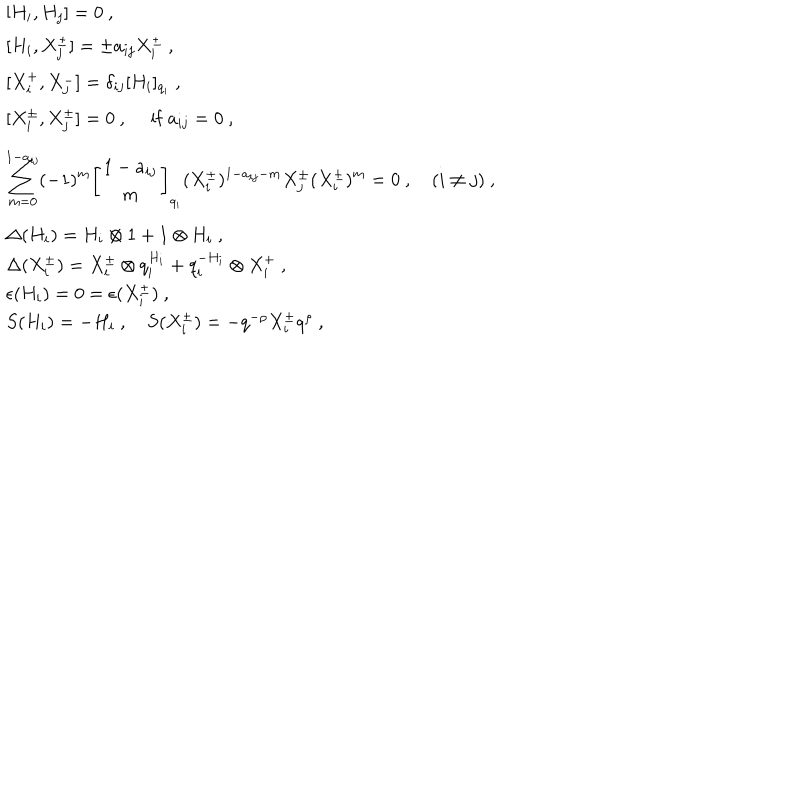
\begin{array} { l } { { [ H _ { i } , H _ { j } ] = 0 ~ , } } \\ { { [ H _ { i } , X _ { j } ^ { \pm } ] = \pm a _ { i j } X _ { i } ^ { \pm } ~ , } } \\ { { [ X _ { i } ^ { + } , X _ { j } ^ { - } ] = \delta _ { i j } [ H _ { i } ] _ { q _ { i } } ~ , } } \\ { { [ X _ { i } ^ { \pm } , X _ { j } ^ { \pm } ] = 0 ~ , ~ ~ \mathrm { i f } ~ a _ { i j } = 0 ~ , } } \\ { { \displaystyle \sum _ { m = 0 } ^ { 1 - a _ { i j } } ( - 1 ) ^ { m } \left[ \begin{array} { c } { { 1 - a _ { i j } } } \\ { { m } } \\ \end{array} \right] _ { q _ { i } } ( X _ { i } ^ { \pm } ) ^ { 1 - a _ { i j } - m } X _ { j } ^ { \pm } ( X _ { i } ^ { \pm } ) ^ { m } = 0 ~ , ~ ( i \not = j ) ~ , } } \\ { { \Delta ( H _ { i } ) = H _ { i } \otimes 1 + 1 \otimes H _ { i } ~ , } } \\ { { \Delta ( X _ { i } ^ { \pm } ) = X _ { i } ^ { \pm } \otimes q _ { i } ^ { H _ { i } } + q _ { i } ^ { - H _ { i } } \otimes X _ { i } ^ { + } ~ , } } \\ { { \epsilon ( H _ { i } ) = 0 = \epsilon ( X _ { i } ^ { \pm } ) ~ , } } \\ { { S ( H _ { i } ) = - H _ { i } ~ , ~ S ( X _ { i } ^ { \pm } ) = - q ^ { - \rho } X _ { i } ^ { \pm } q ^ { \rho } ~ , } } \\ \end{array}